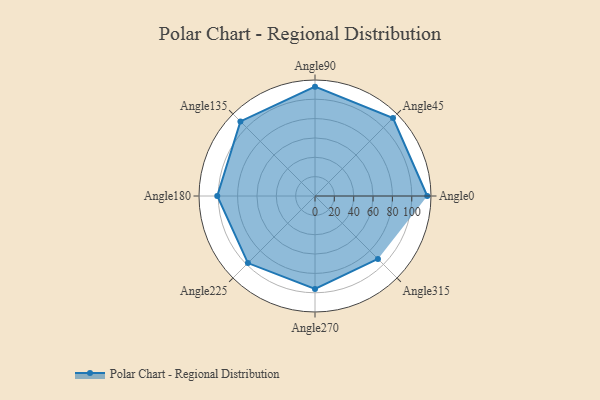
{"axis": {"x": "Angle", "y": "Radius"}, "legend": [""], "data": [{"x": "Angle0", "y": 116.0, "type": ""}, {"x": "Angle45", "y": 114.0, "type": ""}, {"x": "Angle90", "y": 113.0, "type": ""}, {"x": "Angle135", "y": 109.0, "type": ""}, {"x": "Angle180", "y": 101.0, "type": ""}, {"x": "Angle225", "y": 98.0, "type": ""}, {"x": "Angle270", "y": 96.0, "type": ""}, {"x": "Angle315", "y": 92.0, "type": ""}]}